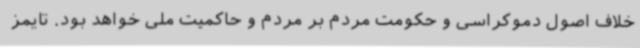
خلاف اصول دموکراسی و حکومت مردم بر مردم و حاکمیت ملی خواهد بود. تایمز